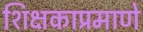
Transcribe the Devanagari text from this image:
शिक्षकाप्रमाणे